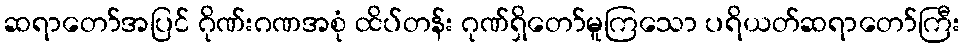
ဆရာတော်အပြင် ဂိုဏ်းဂဏအစုံ ထိပ်တန်း ဂုဏ်ရှိတော်မူကြသော ပရိယတ်ဆရာတော်ကြီး